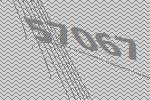
57067